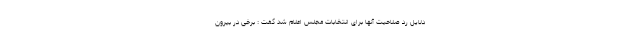
دلایل رد صلاحیت آنها برای انتخابات مجلس اعلام شد گفت : برخی در بیرون